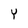
Character: Y